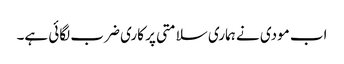
اب مودی نے ہماری سلامتی پر کاری ضرب لگائی ہے۔